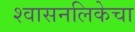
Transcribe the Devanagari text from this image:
श्वासनलिकेचा